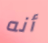
أنه